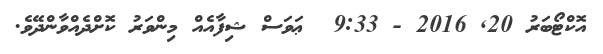
އޮކްޓޯބަރު 20